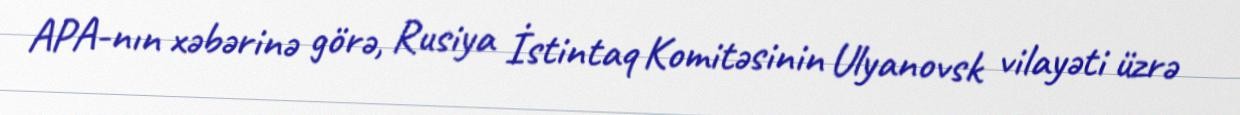
APA-nın xəbərinə görə, Rusiya İstintaq Komitəsinin Ulyanovsk vilayəti üzrə